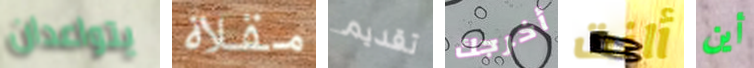
يتواعدان مقلاة تقديم أخرجك أانت أين